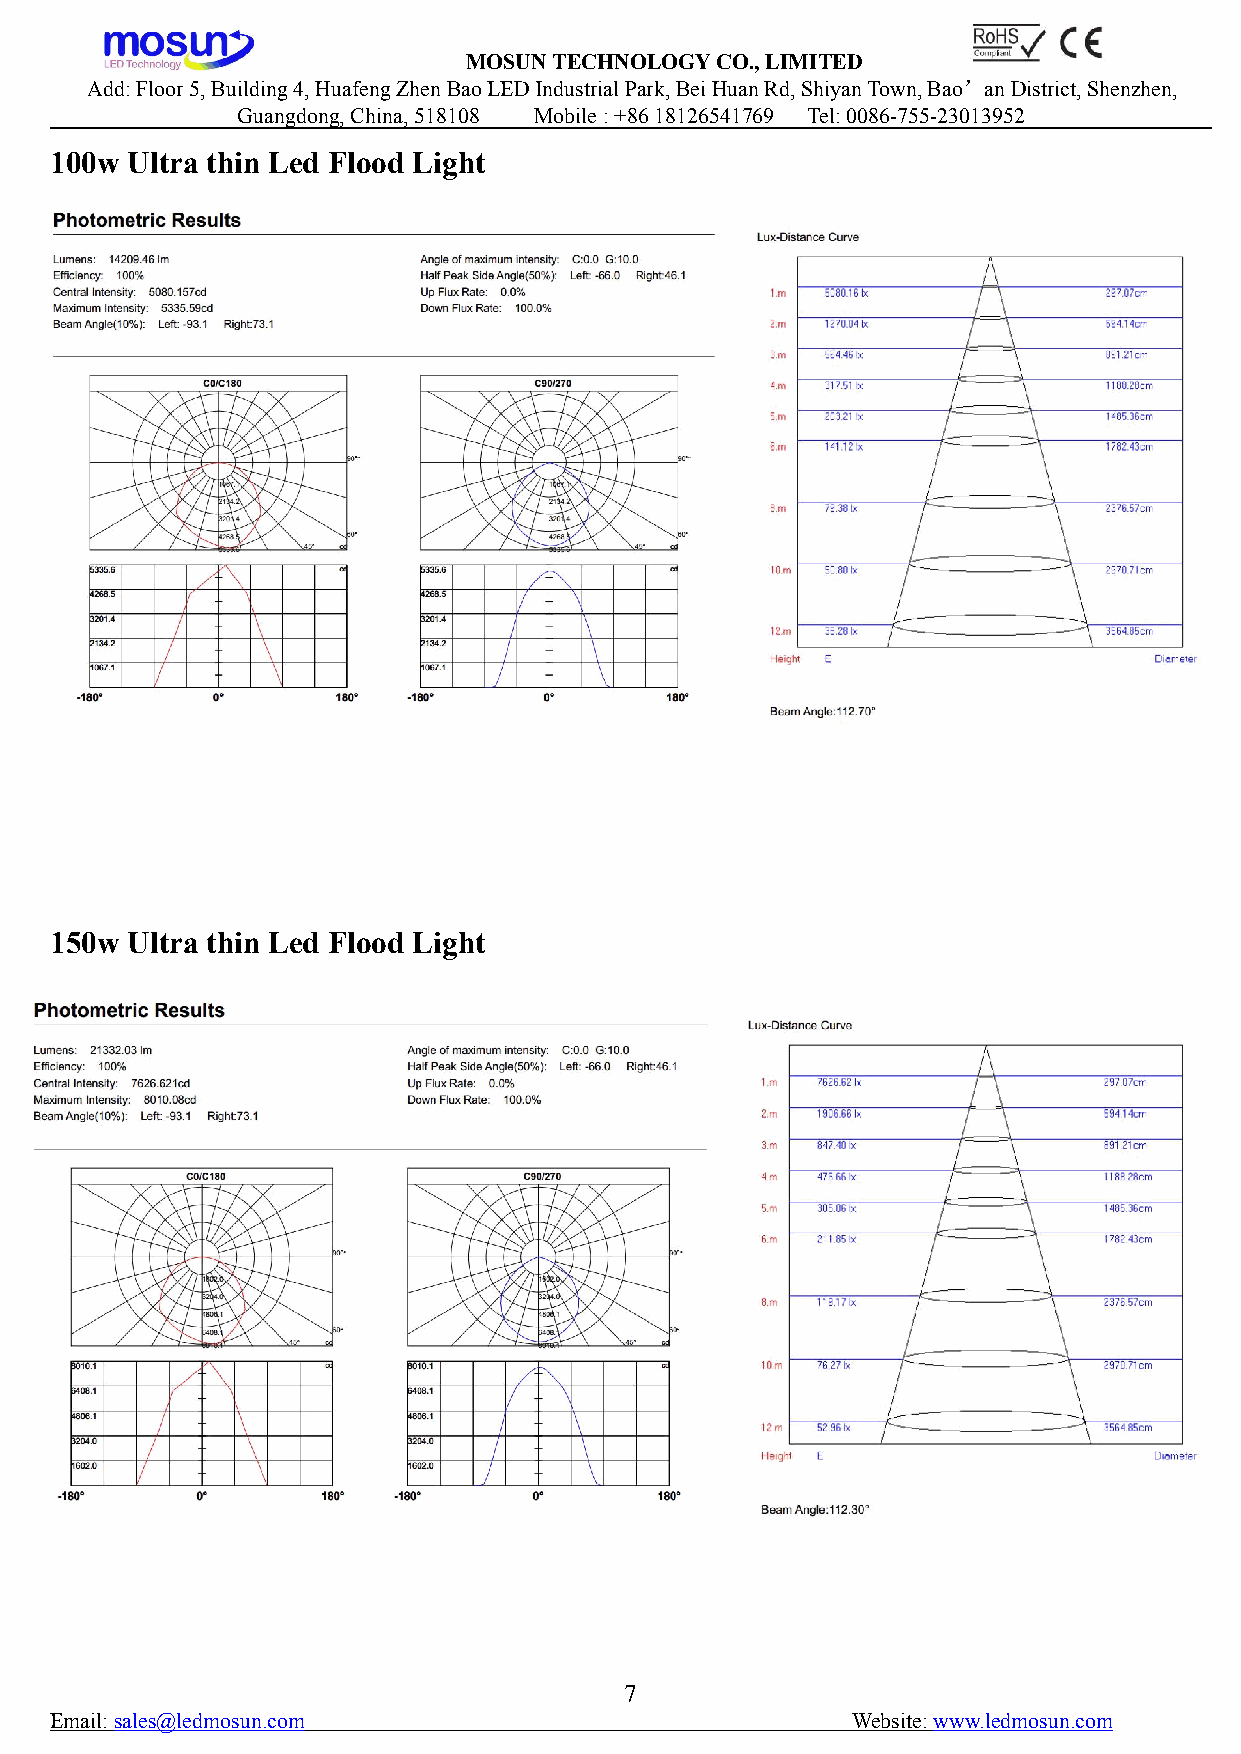
MOSUNTECHNOLOGYCO.,LIMITED
 Add:Floor5,Building4,HuafengZhenBaoLEDIndustrialPark,BeiHuanRd,ShiyanTown,Bao’anDistrict,Shenzhen,
 Guangdong,China,518108 Mobile:+8618126541769 Tel:0086-755-23013952
 100w Ultra thin Led Flood Light
 150w Ultra thin Led Flood Light
 7
 Email:sales@ledmosun.com                             Website:www.ledmosun.com